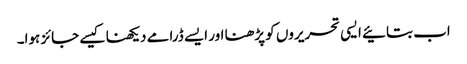
اب بتائیے ایسی تحریروں کو پڑھنا اور ایسے ڈرامے دیکھنا کیسے جائز ہوا۔